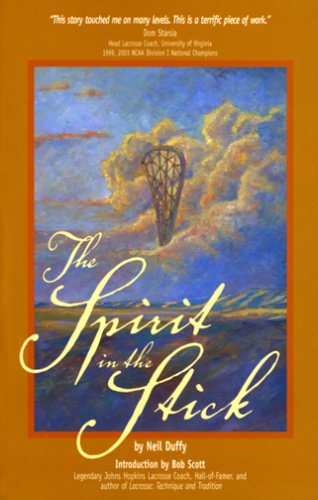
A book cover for The Spirit in the Stick; Neil Duffy; Sports & Outdoors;